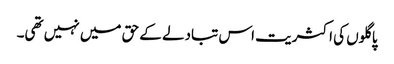
پاگلوں کی اکثریت اس تبادلے کے حق میں نہیں تھی۔